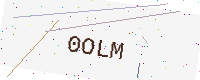
Text: 0OLM